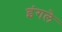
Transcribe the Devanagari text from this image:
इंगले